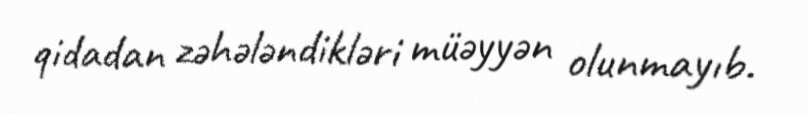
qidadan zəhələndikləri müəyyən olunmayıb.